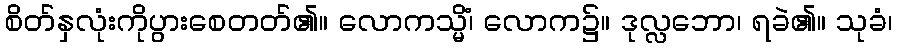
စိတ်နှလုံးကိုပွားစေတတ်၏။ လောကသ္မိံ၊ လောက၌။ ဒုလ္လဘော၊ ရခဲ၏။ သုခံ၊